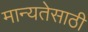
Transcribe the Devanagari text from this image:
मान्यतेसाठी